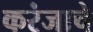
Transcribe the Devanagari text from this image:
करंजाचे